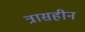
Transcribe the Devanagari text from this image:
त्रासहीन